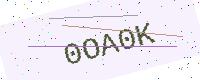
Text: 0OA0K